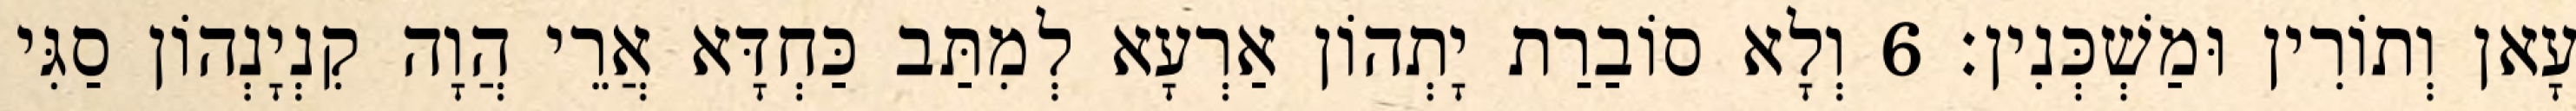
עָאן וְתוֹרִין וּמַשְׁכְּנִין׃ 6 וְלָא סוֹבַרַת יָתְהוֹן אַרְעָא לְמִתַּב כַּחְדָּא אֲרֵי הֲוָה קִנְיָנְהוֹן סַגִּי